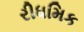
રીધમિક